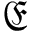
\mathfrak { E }